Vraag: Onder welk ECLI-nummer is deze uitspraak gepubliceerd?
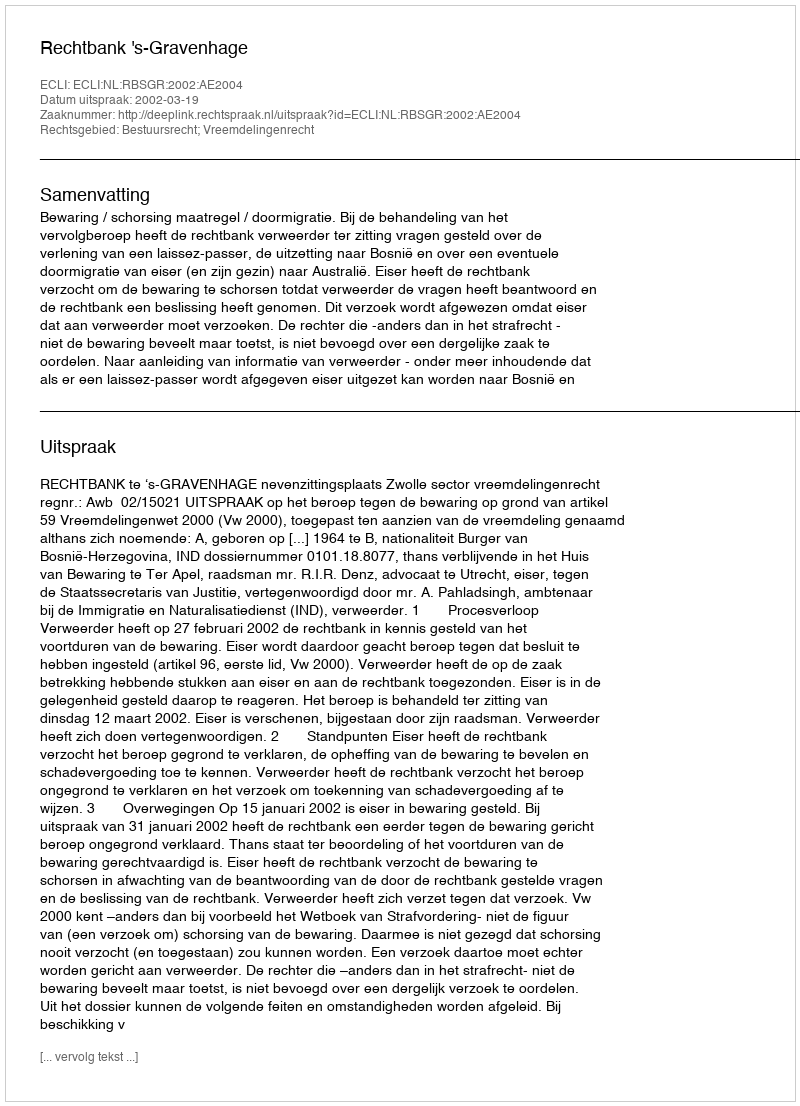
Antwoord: ECLI:NL:RBSGR:2002:AE2004